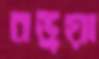
বড়ূয়া